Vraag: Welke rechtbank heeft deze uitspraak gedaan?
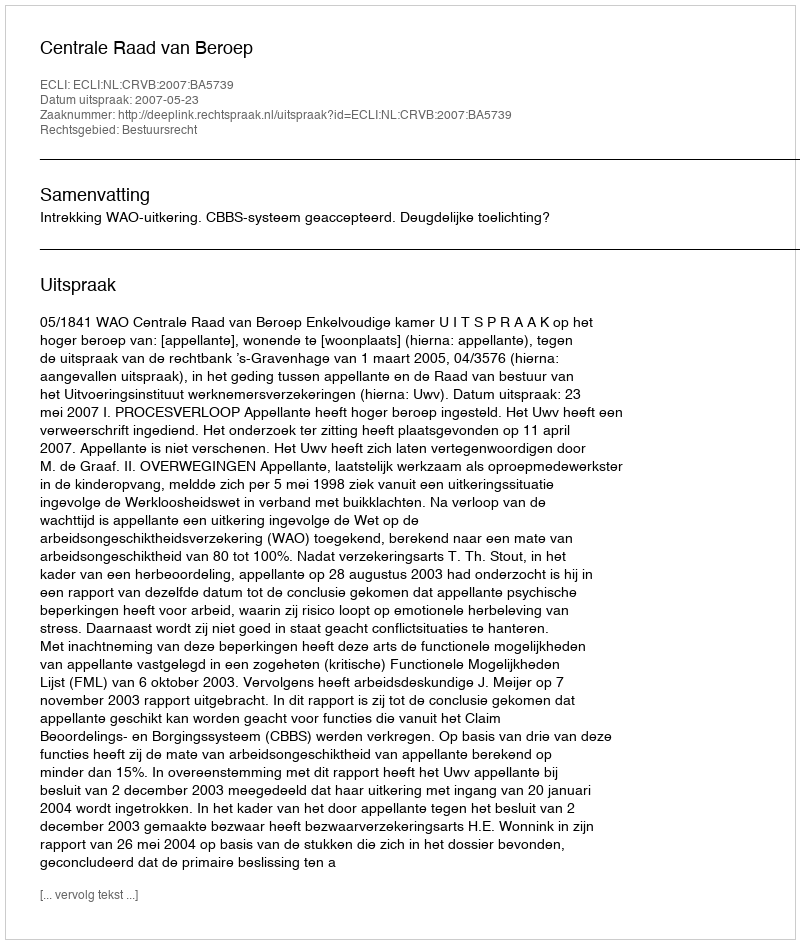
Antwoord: Centrale Raad van Beroep